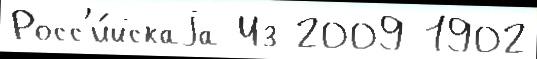
Росс'и́йскаjа Из 2009 1902